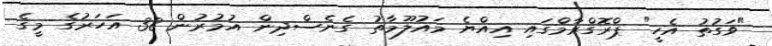
"ވަގުތު އެހީ" ޕްރޮގްރާމްގައި އިއްޔެ މައުލޫމާތު ގެނެސްދިން އުމުރުން 38 އަހަރުގެ މީގެ